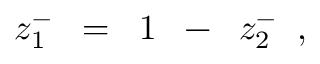
z _ { 1 } ^ { - } \; \; = \; \; 1 \; \; - \; \; z _ { 2 } ^ { - } \; \; ,